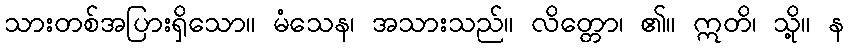
သားတစ်အပြားရှိသော။ မံသေန၊ အသားသည်။ လိတ္တော၊ ၏။ ဣတိ၊ သို့။ န